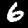
Digit: 6